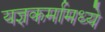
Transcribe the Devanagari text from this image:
यज्ञकर्मामध्ये